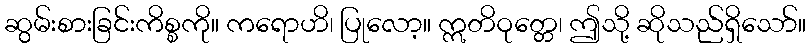
ဆွမ်းစားခြင်းကိစ္စကို။ ကရောဟိ၊ ပြုလော့။ ဣတိဝုတ္တေ၊ ဤသို့ ဆိုသည်ရှိသော်။